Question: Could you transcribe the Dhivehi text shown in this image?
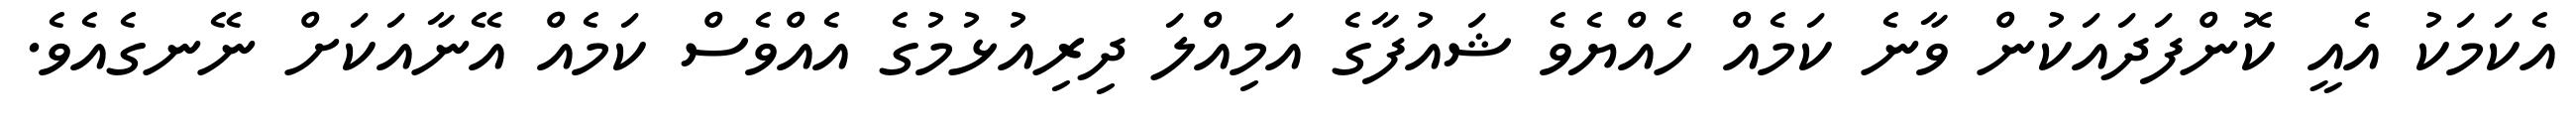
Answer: އެކަމަކު އެއީ ކޮންފަދައަކުން ވާނެ ކަމެއް ހެއްޔެވެ ޝައުފާގެ އަމިއްލަ ދިރިއުޅުމުގެ އެއްވެސް ކަމެއް އޭނާއަކަށް ނޭނގެއެވެ.